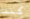
كنت